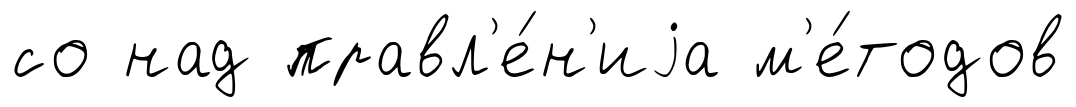
со над правл'е́н'иjа м'е́тодов